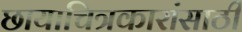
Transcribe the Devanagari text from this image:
छायाचित्रकारांसाठी